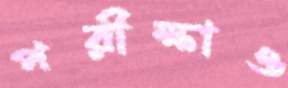
পরীক্ষাও